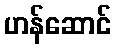
ဟန်ဆောင်